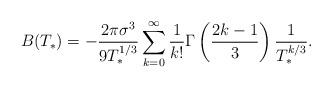
LaTeX: \begin{align*} B(T_{*}) = - \frac{2 \pi \sigma^{3}}{9 T_{*}^{1/3}} \sum_{k=0}^{\infty} \frac{1}{k!} \Gamma \left( \frac{2k-1}{3} \right) \frac{1}{T_{*}^{k/3}}. \end{align*}